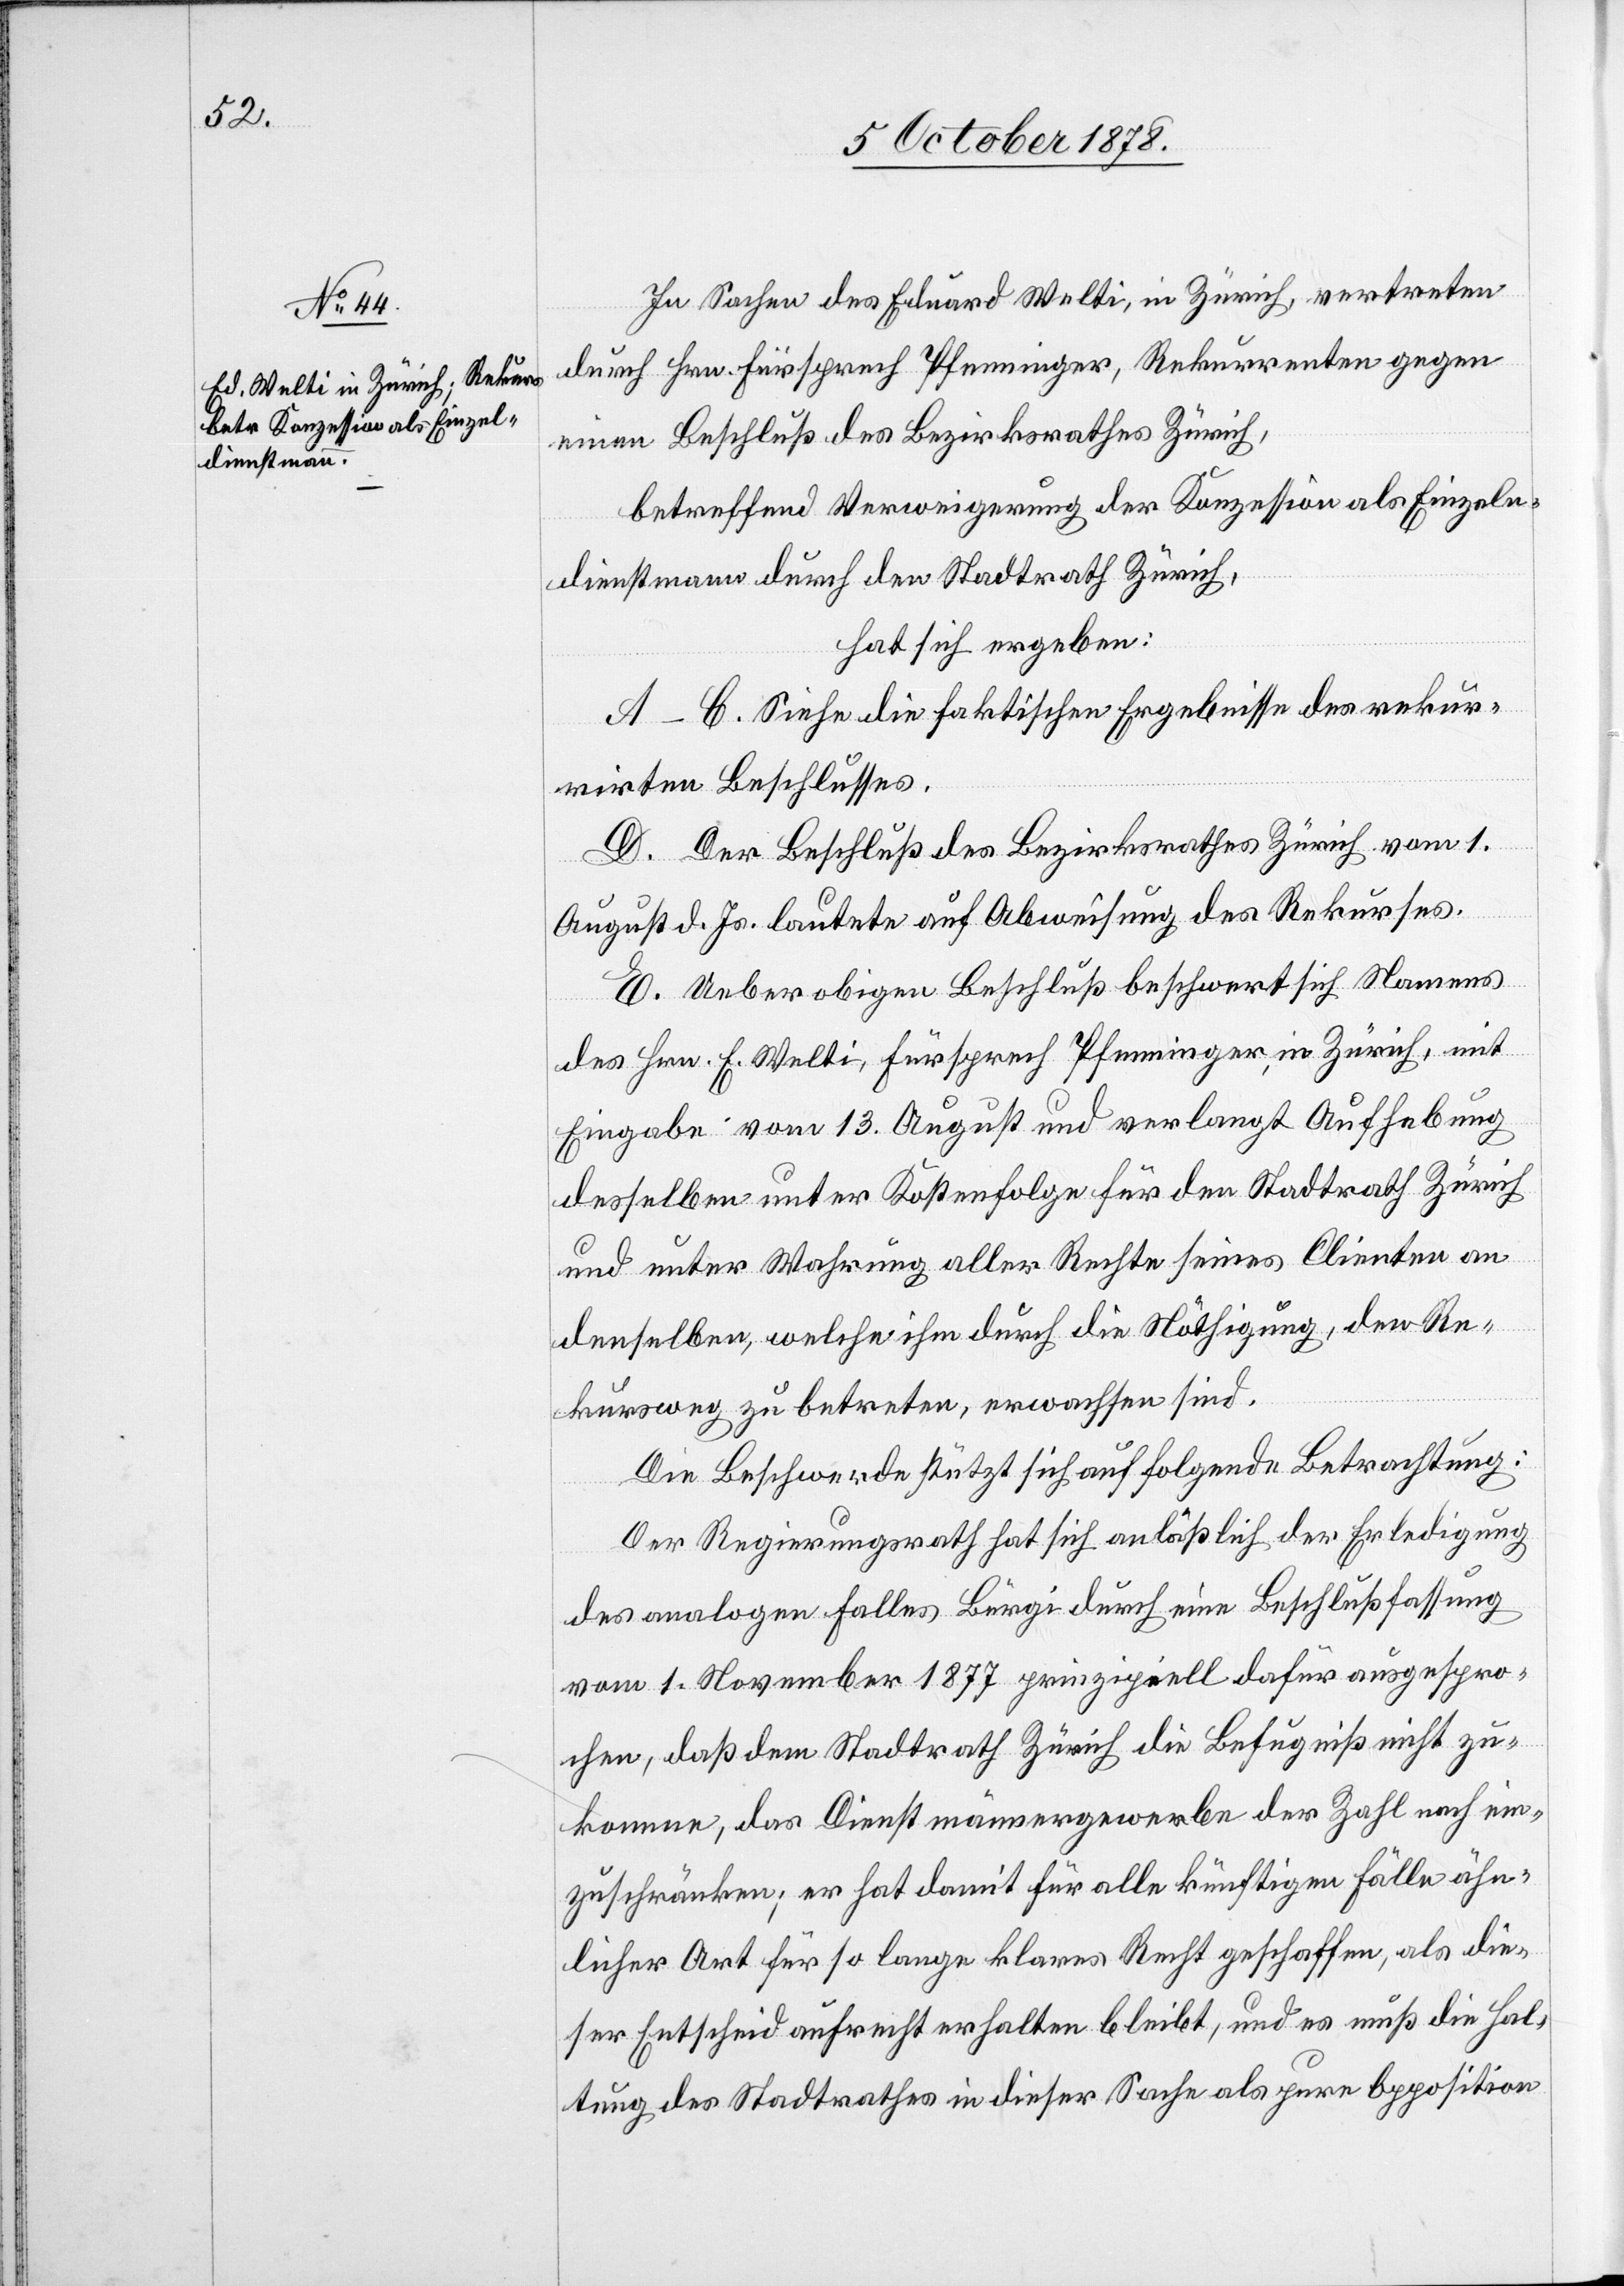
In Sachen des Eduard Welti, in Zürich, vertreten
durch Hrn. Fürsprech Pfenninger, Rekurrenten gegen
einen Beschluß des Bezirksrathes Zürich,
betreffend Verweigerung der Konzession als Einzeln¬
dienstmann durch den Stadtrath Zürich,
hat sich ergeben:
A–C. Siehe die faktischen Ergebnisse des rekur¬
rirten Beschlusses.
D. Der Beschluß des Bezirksrathes Zürich vom 1.
August d. Js. lautete auf Abweisung des Rekurses.
E. Ueber obigen Beschluß beschwert sich Namens
des Hrn. E. Welti, Fürsprech Pfenninger, in Zürich, mit
Eingabe vom 13. August und verlangt Aufhebung
desselben unter Kostenfolge für den Stadtrath Zürich
und unter Wahrung aller Rechte seines Clienten an
denselben, welche ihm durch die Nöthigung, den Re¬
kursweg zu betreten, erwachsen sind.
Die Beschwerde stützt sich auf folgende Betrachtung:
Der Regierungsrath hat sich anlässlich der Erledigung
des analogen Falles Bürgi durch eine Beschlussfassung
vom 1. November 1877 prinzipiell dafür ausgespro¬
chen, daß dem Stadtrath Zürich die Befugniß nicht zu¬
komme, das Dienstmännergewerbe der Zahl nach ein¬
zuschränken; er hat damit für alle künftigen Fälle ähn¬
licher Art für so lange klares Recht geschaffen, als die¬
ser Entscheid aufrecht erhalten bleibt, und es muß die Hal¬
tung des Stadtrathes in dieser Sache als pure Opposition